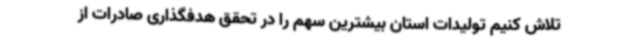
تلاش کنیم تولیدات استان بیشترین سهم را در تحقق هدفگذاری صادرات از